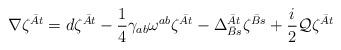
LaTeX: \begin{align*}\nabla \zeta^{\bar A t}=d \zeta^{\bar A t} - {1\over 4}\gamma_{ab} \omega^{ab}\zeta^{\bar A t} -\Delta_{\bar B s}^{\bar A t} \zeta^{\bar B s} +{i\over 2}{\cal Q} \zeta^{\bar A t}\end{align*}